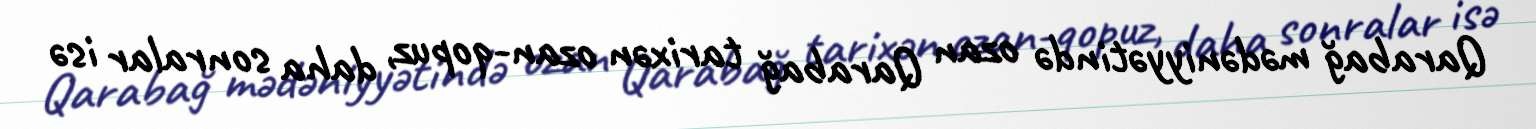
Qarabağ mədəniyyətində ozan Qarabağ tarixən ozan-qopuz, daha sonralar isə